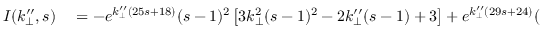
\begin{array} { r l } { I ( k _ { \perp } ^ { \prime \prime } , s ) } & { { } = - e ^ { k _ { \perp } ^ { \prime \prime } ( 2 5 s + 1 8 ) } ( s - 1 ) ^ { 2 } \left[ 3 k _ { \perp } ^ { 2 } ( s - 1 ) ^ { 2 } - 2 k _ { \perp } ^ { \prime \prime } ( s - 1 ) + 3 \right] + e ^ { k _ { \perp } ^ { \prime \prime } ( 2 9 s + 2 4 ) } ( s - 1 ) ^ { 2 } } \end{array}